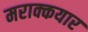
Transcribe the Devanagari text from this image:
मराक्कयार